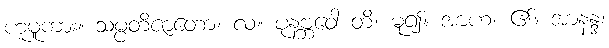
ဟူမူကား။ သမ္ပတိဇာတော၊ လ။ ပုနဗ္ဘဝေါ တိ၊ မူ၍။ အာဟ၊ ၏။ အာနန္ဒ၊